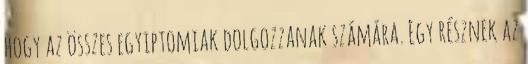
hogy az összes egyiptomiak dolgozzanak számára. Egy résznek az